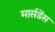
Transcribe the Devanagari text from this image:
मार्सडेंस